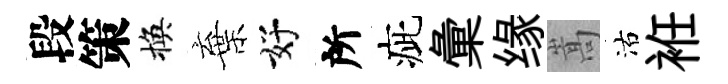
段策換棄好所疵彙缘嵩沽袵